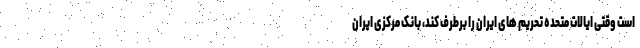
است وقتی ایالات متحده تحریم های ایران را برطرف کند، بانک مرکزی ایران